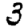
Digit: 3